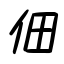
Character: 佃